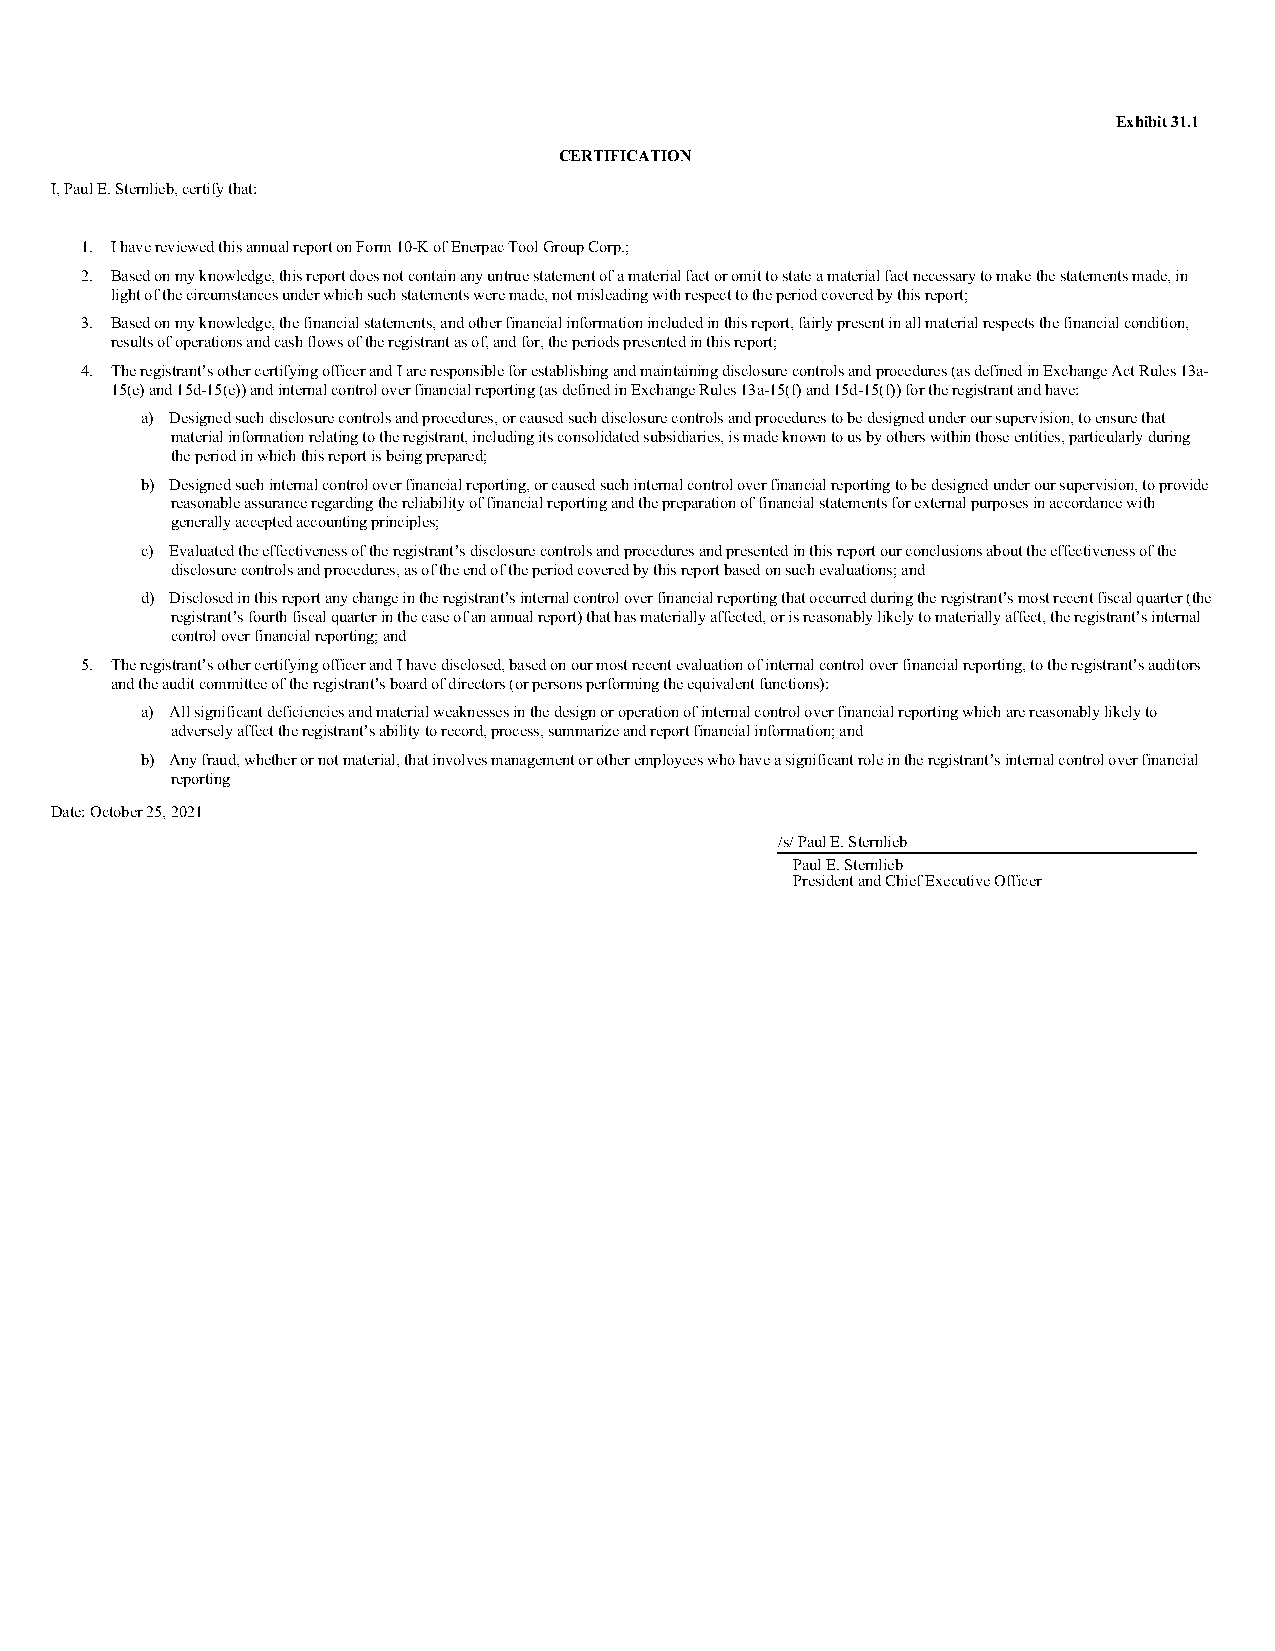
Exhibit 31.1
 CERTIFICATION
 I, Paul E. Sternlieb, certify that:
 1. I have reviewed this annual report on Form 10-K of Enerpac Tool Group Corp.;
 2. Based on my knowledge, this report does not contain any untrue statement of a material fact or omit to state a material fact necessary to make the statements made, in
 light of the circumstances under which such statements were made, not misleading with respect to the period covered by this report;
 3. Based on my knowledge, the financial statements, and other financial information included in this report, fairly present in all material respects the financial condition,
 results of operations and cash flows of the registrant as of, and for, the periods presented in this report;
 4. The registrant’s other certifying officer and I are responsible for establishing and maintaining disclosure controls and procedures (as defined in Exchange Act Rules 13a-
 15(e) and 15d-15(e)) and internal control over financial reporting (as defined in Exchange Rules 13a-15(f) and 15d-15(f)) for the registrant and have:
 a) Designed such disclosure controls and procedures, or caused such disclosure controls and procedures to be designed under our supervision, to ensure that
 material information relating to the registrant, including its consolidated subsidiaries, is made known to us by others within those entities, particularly during
 the period in which this report is being prepared;
 b) Designed such internal control over financial reporting, or caused such internal control over financial reporting to be designed under our supervision, to provide
 reasonable assurance regarding the reliability of financial reporting and the preparation of financial statements for external purposes in accordance with
 generally accepted accounting principles;
 c) Evaluated the effectiveness of the registrant’s disclosure controls and procedures and presented in this report our conclusions about the effectiveness of the
 disclosure controls and procedures, as of the end of the period covered by this report based on such evaluations; and
 d) Disclosed in this report any change in the registrant’s internal control over financial reporting that occurred during the registrant’s most recent fiscal quarter (the
 registrant’s fourth fiscal quarter in the case of an annual report) that has materially affected, or is reasonably likely to materially affect, the registrant’s internal
 control over financial reporting; and
 5. The registrant’s other certifying officer and I have disclosed, based on our most recent evaluation of internal control over financial reporting, to the registrant’s auditors
 and the audit committee of the registrant’s board of directors (or persons performing the equivalent functions):
 a) All significant deficiencies and material weaknesses in the design or operation of internal control over financial reporting which are reasonably likely to
 adversely affect the registrant’s ability to record, process, summarize and report financial information; and
 b) Any fraud, whether or not material, that involves management or other employees who have a significant role in the registrant’s internal control over financial
 reporting
 Date: October 25, 2021
 /s/ Paul E. Sternlieb
 Paul E. Sternlieb
 President and Chief Executive Officer